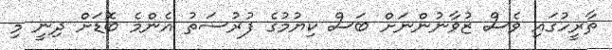
ތާރީހުގައި ވެސް ޒުވާނުންނަށް ބަސް ކިޔުމުގެ ފުރުސަތު އެންމެ ބޮޑަށް ދިނީ މި